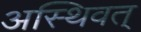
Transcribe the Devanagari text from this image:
अस्थिवत्